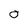
Character: 0